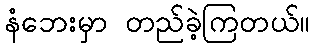
နံဘေးမှာ တည်ခဲ့ကြတယ်။